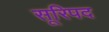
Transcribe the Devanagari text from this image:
सूरिपद